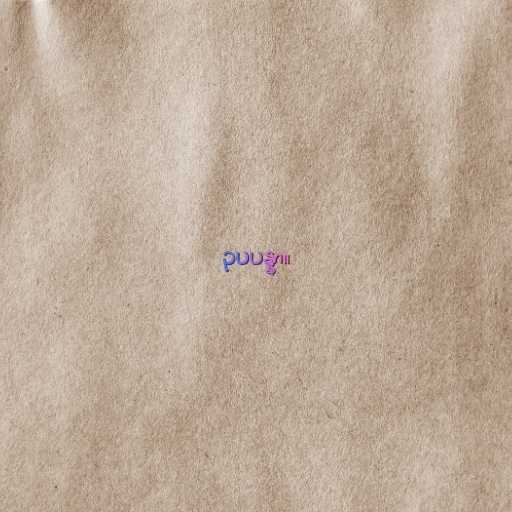
ဥပပန္နာ။